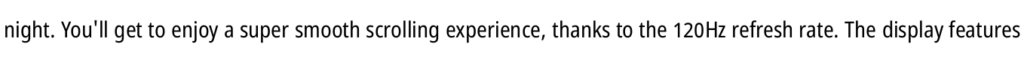
night. You'll get to enjoy a super smooth scrolling experience, thanks to the 120Hz refresh rate. The display features